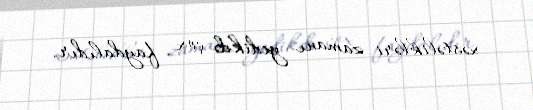
xəstəlikləri zamanı yedikdə çox faydalıdır.